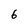
Character: 6